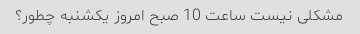
مشکلی نیست ساعت 10 صبح امروز یکشنبه چطور؟